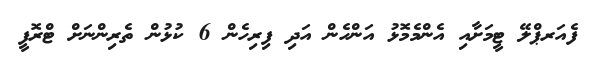
ފެއަރޕްލޭ ޓީމަށާއި އެންމެމޮޅު އަންހެން އަދި ފިރިހެން 6 ކުޅުން ތެރިންނަށް ޓްރޮފީ